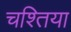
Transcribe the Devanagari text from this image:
चश्तिया